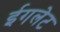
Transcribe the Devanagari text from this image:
ईगलेट